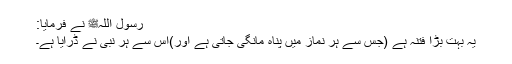
رسول اللہﷺ نے فرمایا:
یہ بہت بڑا فتنہ ہے (جس سے ہر نماز میں پناہ مانگی جاتی ہے اور)اس سے ہر نبی نے ڈرایا ہے۔